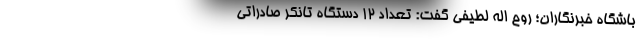
باشگاه خبرنگاران؛ روح اله لطیفی گفت: تعداد ۱۲ دستگاه تانکر صادراتی